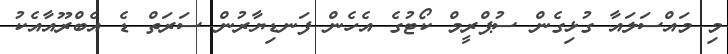
މި މައްސަލައާ ގުޅިގެން ސުޕްރީމް ކޯޓުގެ އެހެން ފަނޑިޔާރުން ސަރަތް ޑެ އެބްރޫއާއެކު